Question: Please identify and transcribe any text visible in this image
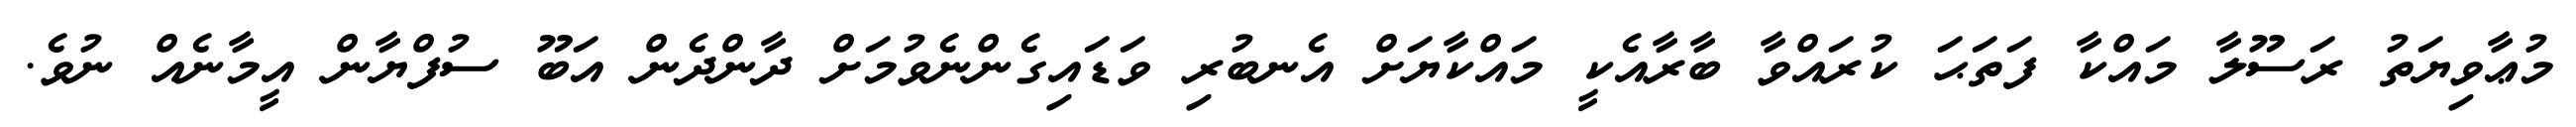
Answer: މުޢާވިޔަތު ރަސޫލާ މައްކާ ފަތަޙަ ކުރައްވާ ބާރާއެކީ މައްކާޔަށް އެނބުރި ވަޑައިގެންނެވުމަށް ދާންދެން އަބޫ ސުފްޔާން އީމާނެއް ނުވެ.